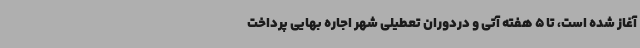
آغاز شده است،‌ تا 5 هفته آتی و دردوران تعطیلی شهر اجاره بهایی پرداخت